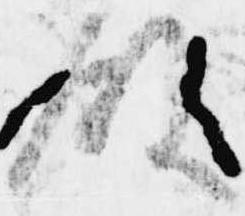
殿